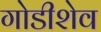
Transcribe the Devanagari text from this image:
गोडीशेव